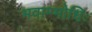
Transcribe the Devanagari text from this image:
भवाम्भोधिः